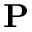
{ \bf P }